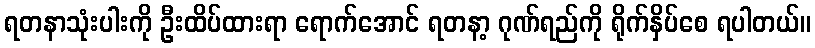
ရတနာသုံးပါးကို ဦးထိပ်ထားရာ ရောက်အောင် ရတနာ့ ဂုဏ်ရည်ကို ရိုက်နှိပ်စေ ရပါတယ်။